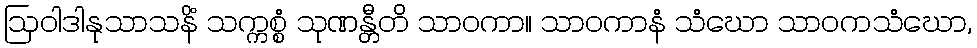
ဩဝါဒါနုသာသနိံ သက္ကစ္စံ သုဏန္တီတိ သာဝကာ။ သာဝကာနံ သံဃော သာဝကသံဃော,